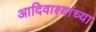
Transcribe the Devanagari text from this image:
आदिवाश्यांच्या